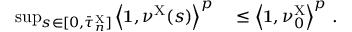
\begin{array} { r l } { \operatorname* { s u p } _ { s \in [ 0 , \bar { \tau } _ { n } ^ { \mathrm { X } } ] } \left\langle \mathbf { 1 } , \nu ^ { \mathrm { X } } ( s ) \right\rangle ^ { p } } & { { } \leq \left\langle \mathbf { 1 } , \nu _ { 0 } ^ { \mathrm { X } } \right\rangle ^ { p } \, . } \end{array}